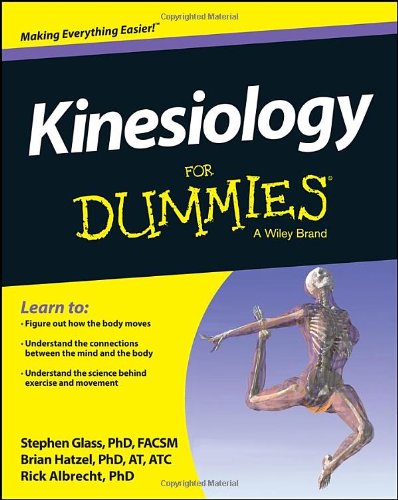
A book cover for Kinesiology For Dummies; Steve Glass; Health, Fitness & Dieting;